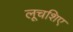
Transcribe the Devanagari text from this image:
लूचशिए